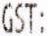
GST: